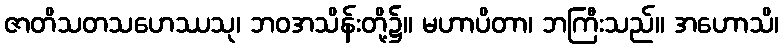
ဇာတိသတသဟေဿသု၊ ဘဝအသိန်းတို့၌။ မဟာပိတာ၊ ဘကြီးသည်။ အဟောသိ၊